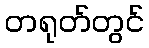
တရုတ်တွင်